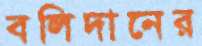
বলিদানের